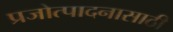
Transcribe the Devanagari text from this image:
प्रजोत्पादनासाठी